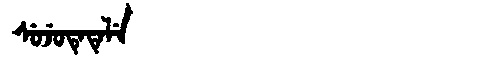
Manchu: ᠰᡠᠵᡠᡨᡝᡨᡝᠯᡝ
Romanization: SUJUTETELE